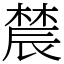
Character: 辳